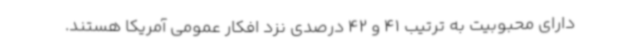
دارای محبوبیت به ترتیب 41 و 42 درصدی نزد افکار عمومی آمریکا هستند.